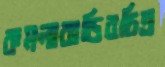
কমলাবাড়িরচিত্র